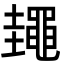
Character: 䵷